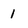
Character: 1